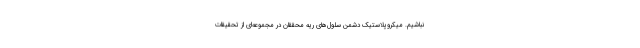
نباشیم. میکروپلاستیک‌ دشمن سلول‌های ریه محققان در مجموعه‌ای از تحقیقات